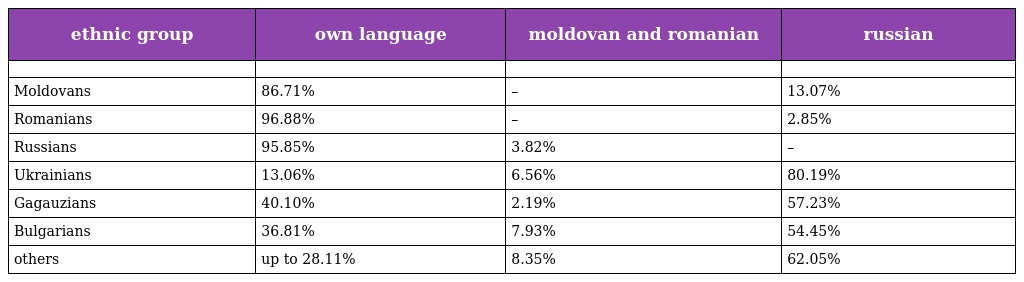
| ethnic group | own language | moldovan and romanian | russian |
 | --- | --- | --- | --- |
 |  |  |  |  |
 | Moldovans | 86.71% | – | 13.07% |
 | Romanians | 96.88% | – | 2.85% |
 | Russians | 95.85% | 3.82% | – |
 | Ukrainians | 13.06% | 6.56% | 80.19% |
 | Gagauzians | 40.10% | 2.19% | 57.23% |
 | Bulgarians | 36.81% | 7.93% | 54.45% |
 | others | up to 28.11% | 8.35% | 62.05% |